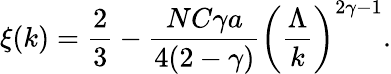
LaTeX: \xi(k)=\frac{2}{3}-\frac{NC\gamma a}{4(2-\gamma)}\left(\frac{\Lambda}{k}\right)^{2\gamma-1}.